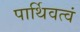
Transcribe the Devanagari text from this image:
पार्थिवत्वं